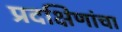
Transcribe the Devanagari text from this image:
प्रदक्षिणांचा